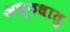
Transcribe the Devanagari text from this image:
अष्ठधातु